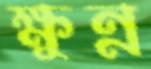
ক্ষুন্ন